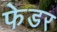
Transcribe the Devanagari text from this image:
फेडर